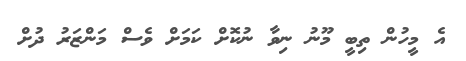
އެ މީހުން ތިބީ މޫނު ނިވާ ނުކޮށް ކަމަށް ވެސް މަންޒަރު ދުށް